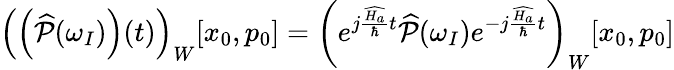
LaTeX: \left(\left(\widehat{\mathcal{P}}(\omega_{I})\right)(t)\right)_{W}[x_{0},p_{0}]=\left(e^{j\frac{\widehat{H_{a}}}{\hbar}t}\widehat{\mathcal{P}}(\omega_{I})e^{-j\frac{\widehat{H_{a}}}{\hbar}t}\right)_{W}[x_{0},p_{0}]